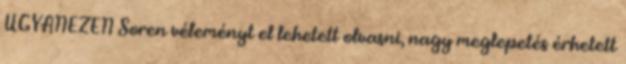
UGYANEZEN Soren véleményt el lehetett olvasni, nagy meglepetés érhetett